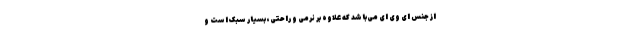
از جنس ای وی ای می‌باشد که علاوه بر نرمی و راحتی، بسیار سبک است و